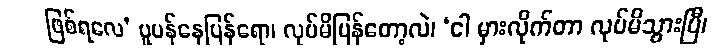
ဖြစ်ရလေ’ ပူပန်နေပြန်ရော၊ လုပ်မိပြန်တော့လဲ၊ ‘ငါ မှားလိုက်တာ လုပ်မိသွားပြီ၊